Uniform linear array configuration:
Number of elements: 12
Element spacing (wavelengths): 0.75
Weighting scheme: hamming
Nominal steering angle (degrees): -45
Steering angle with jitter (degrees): -46.021
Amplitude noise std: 0.05
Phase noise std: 0.05

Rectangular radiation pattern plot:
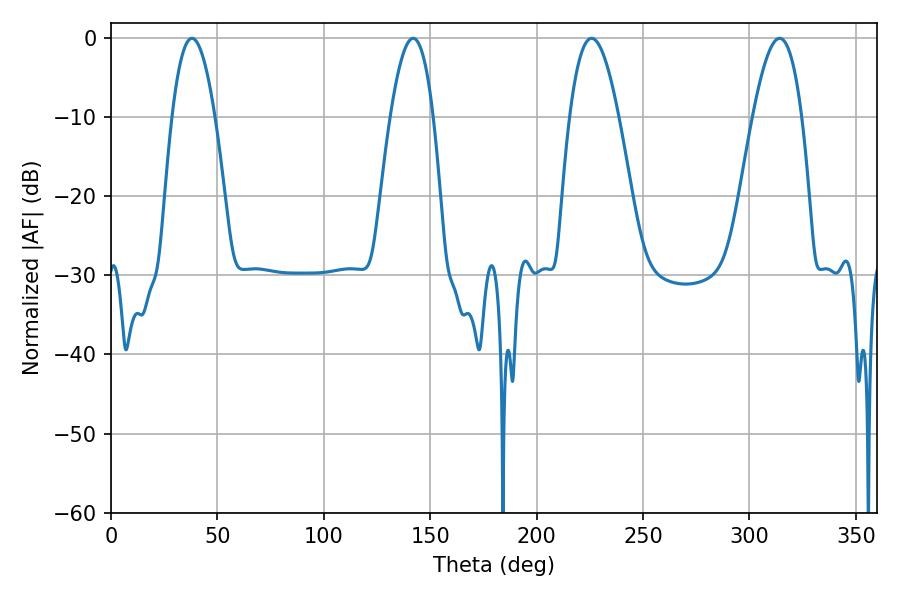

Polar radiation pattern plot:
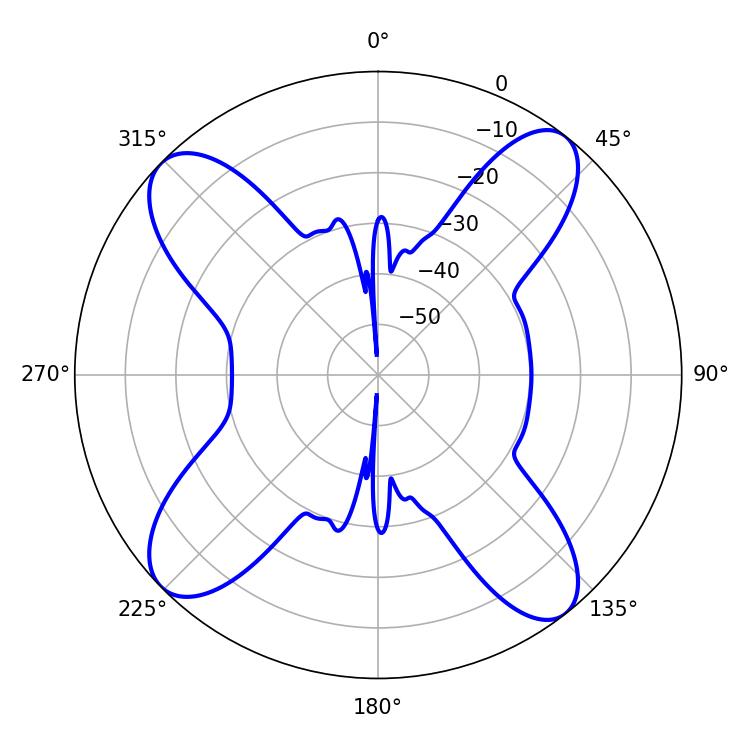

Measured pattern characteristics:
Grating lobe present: TRUE
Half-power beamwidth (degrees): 10.98
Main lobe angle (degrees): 142.02